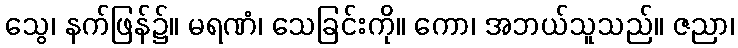
သွေ၊ နက်ဖြန်၌။ မရဏံ၊ သေခြင်းကို။ ကော၊ အဘယ်သူသည်။ ဇညာ၊